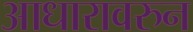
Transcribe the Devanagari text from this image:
आधारावरुन